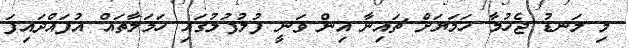
މި ލަނޑު ޖެހުުމާ ހަމަޔަށް ޗައިނާ އިން ވަނީ ފުލުފުލުގައި ހަމަލާތައް އުފައްދައިފަ